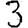
Digit: 3